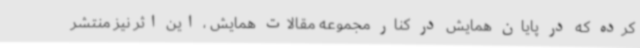
کرده که در پایان همایش در کنار مجموعه مقالات همایش ، این اثر نیز منتشر